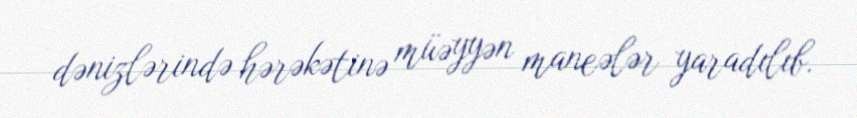
dənizlərində hərəkətinə müəyyən maneələr yaradılıb.